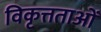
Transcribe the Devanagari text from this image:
विकृत्तताओं